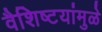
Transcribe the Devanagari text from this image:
वैशिष्टयांमुळे